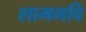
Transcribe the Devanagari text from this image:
शामभवि